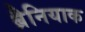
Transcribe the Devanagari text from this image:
ब्रैनियाक